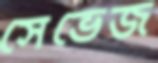
সেভেজ